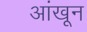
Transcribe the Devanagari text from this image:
आंखून